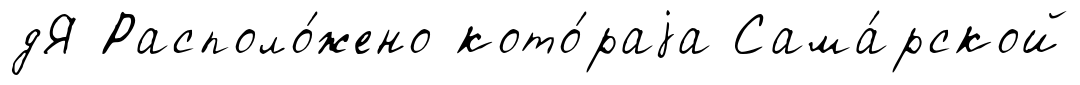
дЯ Располо́жено кото́раjа Сама́рской